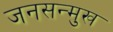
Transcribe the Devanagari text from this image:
जनसन्मुख